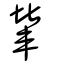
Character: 輦